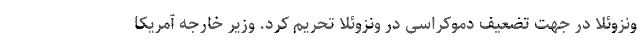
ونزوئلا در جهت تضعیف دموکراسی در ونزوئلا تحریم کرد. وزیر خارجه آمریکا